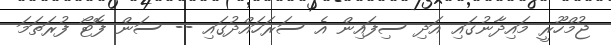
ޖުމްހޫރީ މައިދާނުގައި އަދި ސިފައިން އެ ސަރަހައްދުގައި -- ސަން ފޮޓޯ ފުރަތަމަ